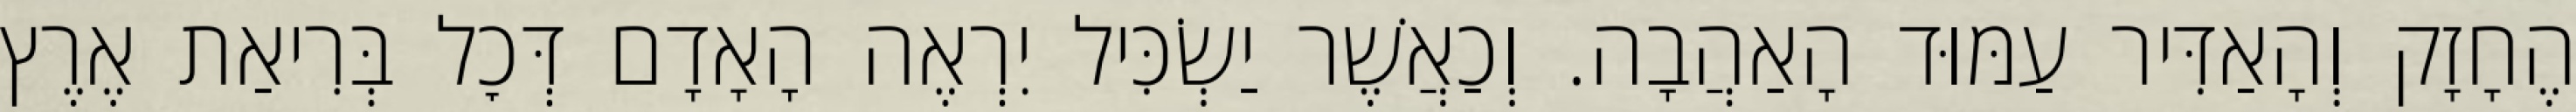
הֶחָזָק וְהָאַדִּיר עַמּוּד הָאַהֲבָה. וְכַאֲשֶׁר יַשְׂכִּיל יִרְאֶה הָאָדָם דְּכׇל בְּרִיאַת אֶרֶץ